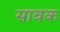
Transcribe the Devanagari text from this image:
सावक